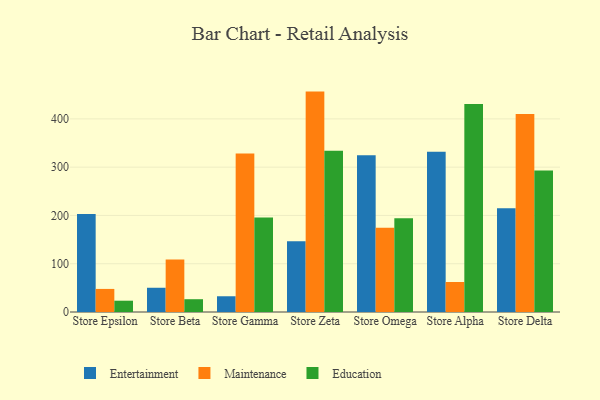
{"axis": {"x": "Store", "y": "Customer Acquisition Cost (USD)"}, "legend": ["Education", "Entertainment", "Maintenance"], "data": [{"x": "Store Epsilon", "y": 203.2, "type": "Entertainment"}, {"x": "Store Epsilon", "y": 47.8, "type": "Maintenance"}, {"x": "Store Epsilon", "y": 23.4, "type": "Education"}, {"x": "Store Beta", "y": 50.2, "type": "Entertainment"}, {"x": "Store Beta", "y": 108.6, "type": "Maintenance"}, {"x": "Store Beta", "y": 26.5, "type": "Education"}, {"x": "Store Gamma", "y": 32.6, "type": "Entertainment"}, {"x": "Store Gamma", "y": 328.2, "type": "Maintenance"}, {"x": "Store Gamma", "y": 195.7, "type": "Education"}, {"x": "Store Zeta", "y": 146.7, "type": "Entertainment"}, {"x": "Store Zeta", "y": 456.5, "type": "Maintenance"}, {"x": "Store Zeta", "y": 334.1, "type": "Education"}, {"x": "Store Omega", "y": 324.8, "type": "Entertainment"}, {"x": "Store Omega", "y": 174.6, "type": "Maintenance"}, {"x": "Store Omega", "y": 194.3, "type": "Education"}, {"x": "Store Alpha", "y": 332.0, "type": "Entertainment"}, {"x": "Store Alpha", "y": 62.1, "type": "Maintenance"}, {"x": "Store Alpha", "y": 430.7, "type": "Education"}, {"x": "Store Delta", "y": 214.7, "type": "Entertainment"}, {"x": "Store Delta", "y": 409.9, "type": "Maintenance"}, {"x": "Store Delta", "y": 293.3, "type": "Education"}]}